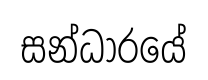
සන්ධාරයේ